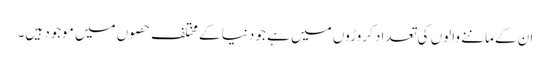
ان کے ماننے والوں کی تعداد کروڑوں میں ہے جو دنیا کے مختلف حصوں میں موجود ہیں۔